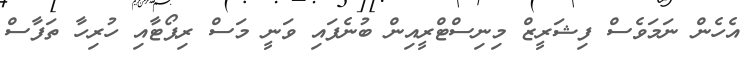
އެހެން ނަމަވެސް ފިޝަރީޒް މިނިސްޓްރީއިން ބުނެފައި ވަނީ މަސް ރިޕޯޓާއި ހުރިހާ ތަފާސް